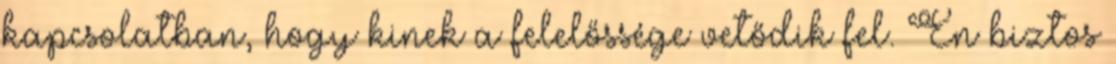
kapcsolatban, hogy kinek a felelőssége vetődik fel. Én biztos